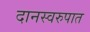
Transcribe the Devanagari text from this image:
दानस्वरुपात